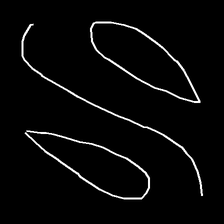
Glyph: water